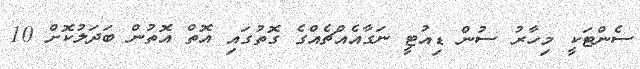
ސެންޓަކީ މިހާރު ސުން ޑިއުޓީ ނަގާއެއްޗެއްގެ ގޮތުގައި އޮތް އޮތުން ބަދަލުކޮށް 10